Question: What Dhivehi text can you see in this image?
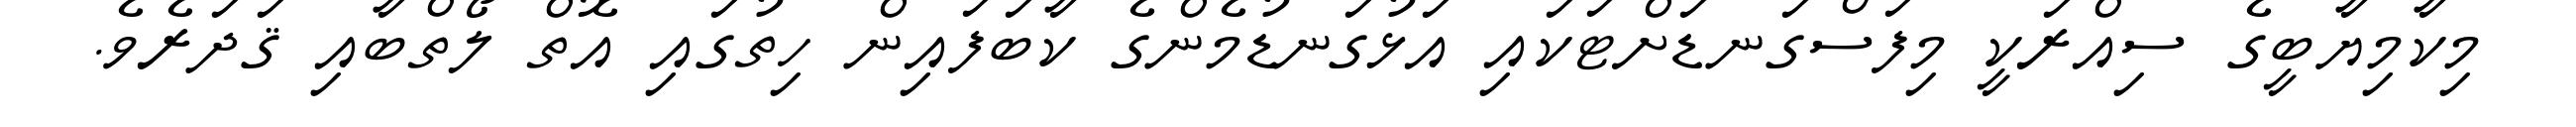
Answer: މިކާމިޔާބީގެ ސިއްރަކީ މިފަސްގަނޑަށްޓަކައި އަޅުގަނޑުމެންގެ ކާބަފައިން ހިތުގައި އޮތް ލޯތްބާއި ޤަދަރެވެ.